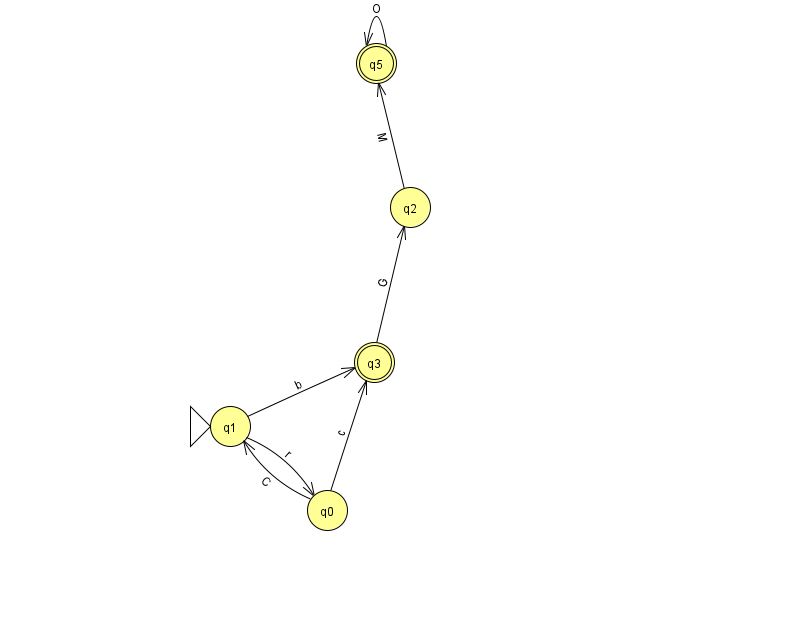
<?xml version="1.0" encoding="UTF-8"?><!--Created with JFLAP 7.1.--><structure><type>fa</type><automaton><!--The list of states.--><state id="0" name="q0"><x>327.0</x><y>497.0</y></state><state id="1" name="q1"><x>230.0</x><y>413.0</y><initial/></state><state id="2" name="q2"><x>410.0</x><y>194.0</y></state><state id="3" name="q3"><x>374.0</x><y>349.0</y><final/></state><state id="5" name="q5"><x>376.0</x><y>50.0</y><final/></state><!--The list of transitions.--><transition><from>1</from><to>0</to><read>r</read></transition><transition><from>0</from><to>1</to><read>C</read></transition><transition><from>1</from><to>3</to><read>b</read></transition><transition><from>0</from><to>3</to><read>c</read></transition><transition><from>3</from><to>2</to><read>G</read></transition><transition><from>2</from><to>5</to><read>M</read></transition><transition><from>5</from><to>5</to><read>O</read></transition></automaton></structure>